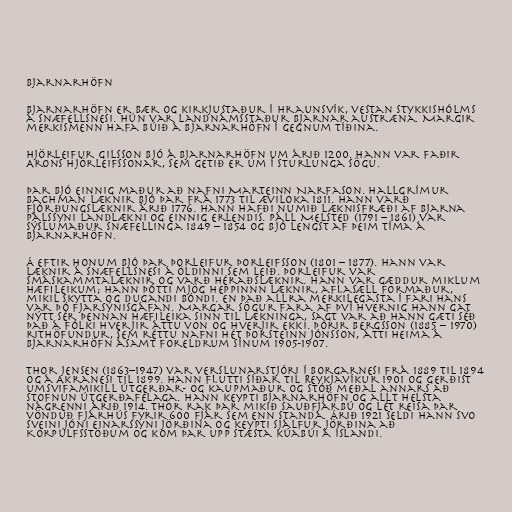
Bjarnarhöfn

Bjarnarhöfn er bær og kirkjustaður í Hraunsvík, vestan Stykkishólms
á Snæfellsnesi. Hún var landnámsstaður Bjarnar austræna. Margir
merkismenn hafa búið á Bjarnarhöfn í gegnum tíðina.

Hjörleifur Gilsson bjó á Bjarnarhöfn um árið 1200. Hann var faðir
Arons Hjörleifssonar, sem getið er um í Sturlunga sögu.

Þar bjó einnig maður að nafni Marteinn Narfason. Hallgrímur
Bachman læknir bjó þar frá 1773 til æviloka 1811. Hann varð
fjórðungslæknir árið 1776. Hann hafði numið læknisfræði af Bjarna
Pálssyni landlækni og einnig erlendis. Páll Melsted (1791 – 1861) var
sýslumaður Snæfellinga 1849 – 1854 og bjó lengst af þeim tíma á
Bjarnarhöfn.

Á eftir honum bjó þar Þorleifur Þorleifsson (1801 – 1877). Hann var
læknir á Snæfellsnesi á öldinni sem leið. Þorleifur var
smáskammtalæknir og varð héraðslæknir. Hann var gæddur miklum
hæfileikum; hann þótti mjög heppinnn læknir, aflasæll formaður,
mikil skytta og dugandi bóndi. En það allra merkilegasta í fari hans
var þó fjarsýnisgáfan. Margar sögur fara af því hvernig hann gat
nýtt sér þennan hæfileika sinn til lækninga, sagt var að hann gæti séð
það á fólki hverjir áttu von og hverjir ekki. Þórir Bergsson (1885 – 1970)
rithöfundur, sem réttu nafni hét Þorsteinn Jónsson, átti heima á
Bjarnarhöfn ásamt foreldrum sínum 1905-1907.

Thor Jensen (1863–1947) var verslunarstjóri í Borgarnesi frá 1889 til 1894
og á Akranesi til 1899. Hann flutti síðar til Reykjavíkur 1901 og gerðist
umsvifamikill útgerðar- og kaupmaður og stóð meðal annars að
stofnun útgerðafélaga. Hann keypti Bjarnarhöfn og allt helsta
nágrenni árið 1914. Thor rak þar mikið sauðfjárbú og lét reisa þar
vönduð fjárhús fyrir 600 fjár sem enn standa. Árið 1921 seldi hann svo
Sveini Jóni Einarssyni jörðina og keypti sjálfur jörðina að
Korpúlfsstöðum og kom þar upp stæsta kúabúi á Íslandi.